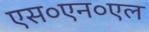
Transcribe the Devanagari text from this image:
एस०एन०एल